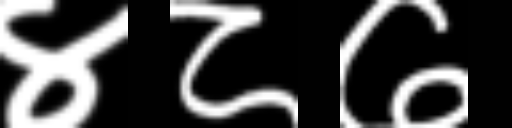
Text: ४८७